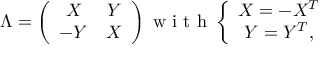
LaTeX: \Lambda = \left( \begin{array} { c c } { { X } } & { { Y } } \\ { { - Y } } & { { X } } \end{array} \right) \textrm { w i t h } \left\{ \begin{array} { c } { { X = - X ^ { T } } } \\ { { Y = Y ^ { T } , } } \end{array} \right.